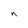
Character: n